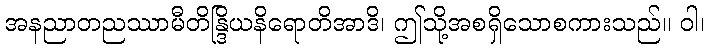
အနညာတညဿာမီတိန္ဒြိယနိရောတိအာဒိ၊ ဤသို့အစရှိသောစကားသည်။ ဝါ၊